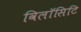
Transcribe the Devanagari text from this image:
विलॉसिटि